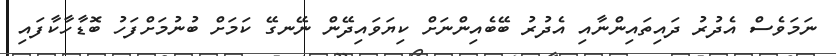
ނަމަވެސް އެދުރު ދައިތައިންނާއި އެދުރު ބޭބެއިންނަށް ކިޔަވައިދޭން ނޭނގޭ ކަމަށް ބުނުމަށްފަހު ބޮޑާހާކާފައި